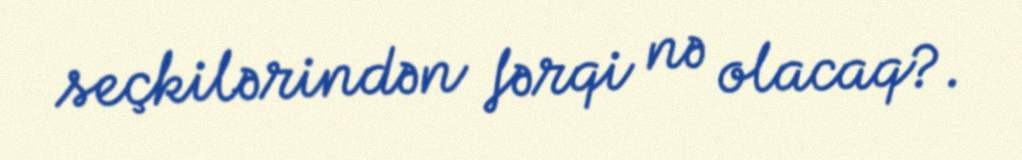
seçkilərindən fərqi nə olacaq?.